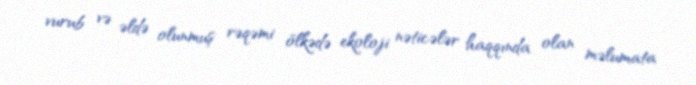
vurub və əldə olunmuş rəqəmi ölkədə ekoloji nəticələr haqqında olan məlumata